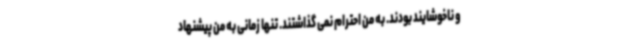
و ناخوشایند بودند. به من احترام نمی گذاشتند. تنها زمانی به من پیشنهاد